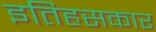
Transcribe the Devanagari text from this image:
इतिहसकार